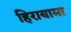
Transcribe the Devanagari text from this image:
हिरायामा